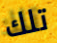
تلك